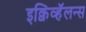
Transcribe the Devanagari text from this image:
इक्विव्हॅलन्स